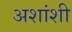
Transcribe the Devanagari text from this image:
अशांशी